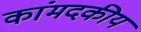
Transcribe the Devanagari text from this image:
कांमदकीय